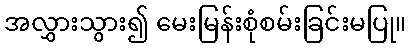
အလွှားသွား၍ မေးမြန်းစုံစမ်းခြင်းမပြု။